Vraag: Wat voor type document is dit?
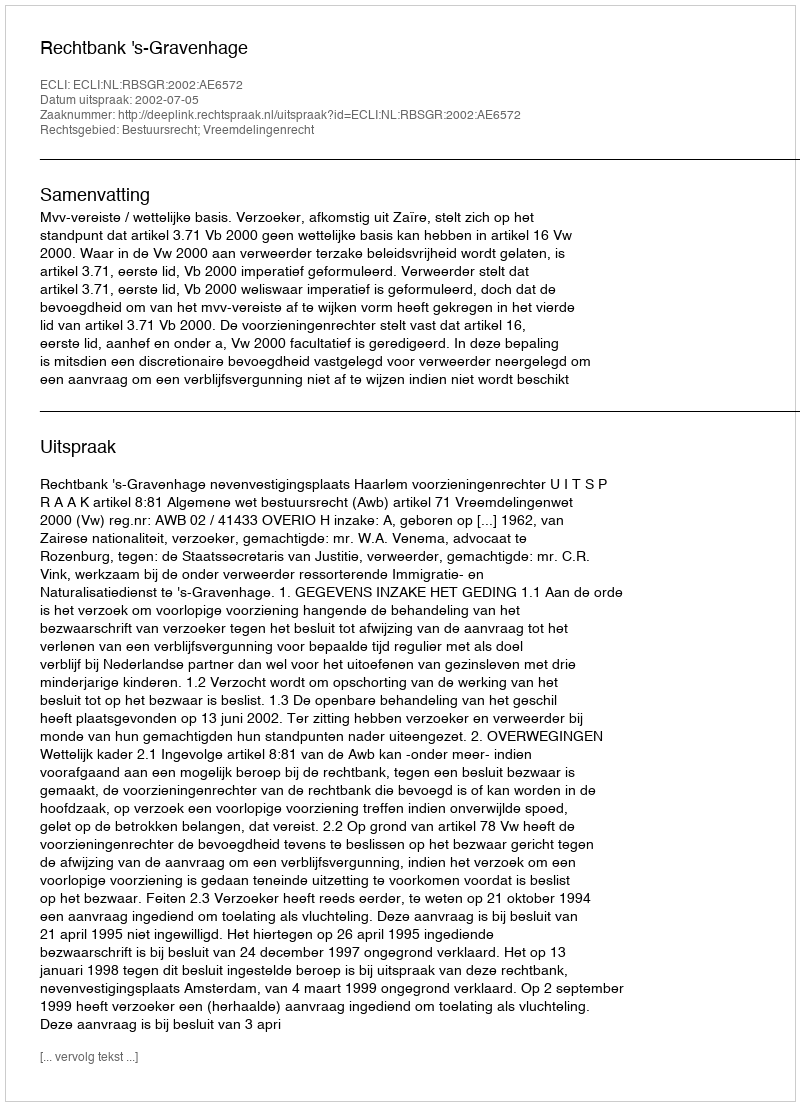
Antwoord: Uitspraak